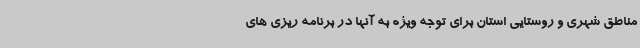
مناطق شهری و روستایی استان برای توجه ویژه به آنها در برنامه ریزی های